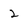
Character: 2